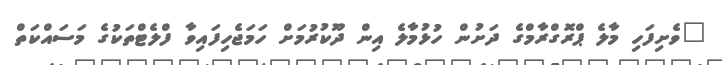
"ވެށިފަހި މާލެ ޕްރޮގްރާމްގެ ދަށުން ހުޅުމާލެ އިން ދޫކުރުމަށް ހަމަޖެހިފައިވާ ފްލެޓްތަކުގެ މަސައްކަތް